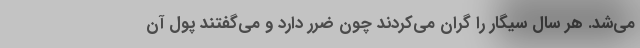
می‌شد. هر سال سیگار را گران می‌کردند چون ضرر دارد و می‌گفتند پول آن